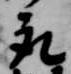
取